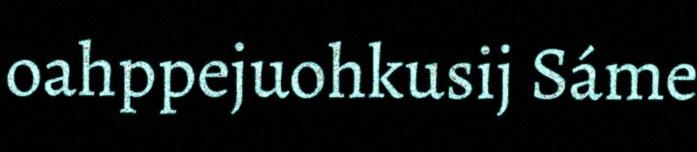
oahppejuohkusij Sáme